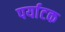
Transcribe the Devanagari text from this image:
पर्याटक